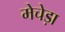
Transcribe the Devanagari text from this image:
मेचेड़ा